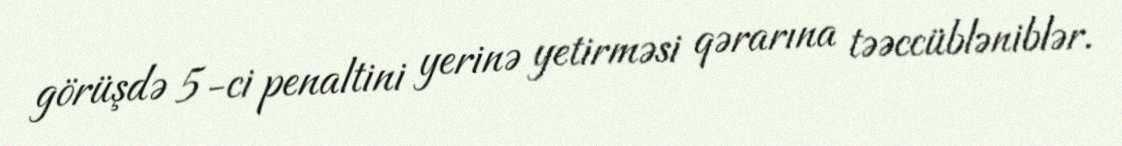
görüşdə 5-ci penaltini yerinə yetirməsi qərarına təəccübləniblər.